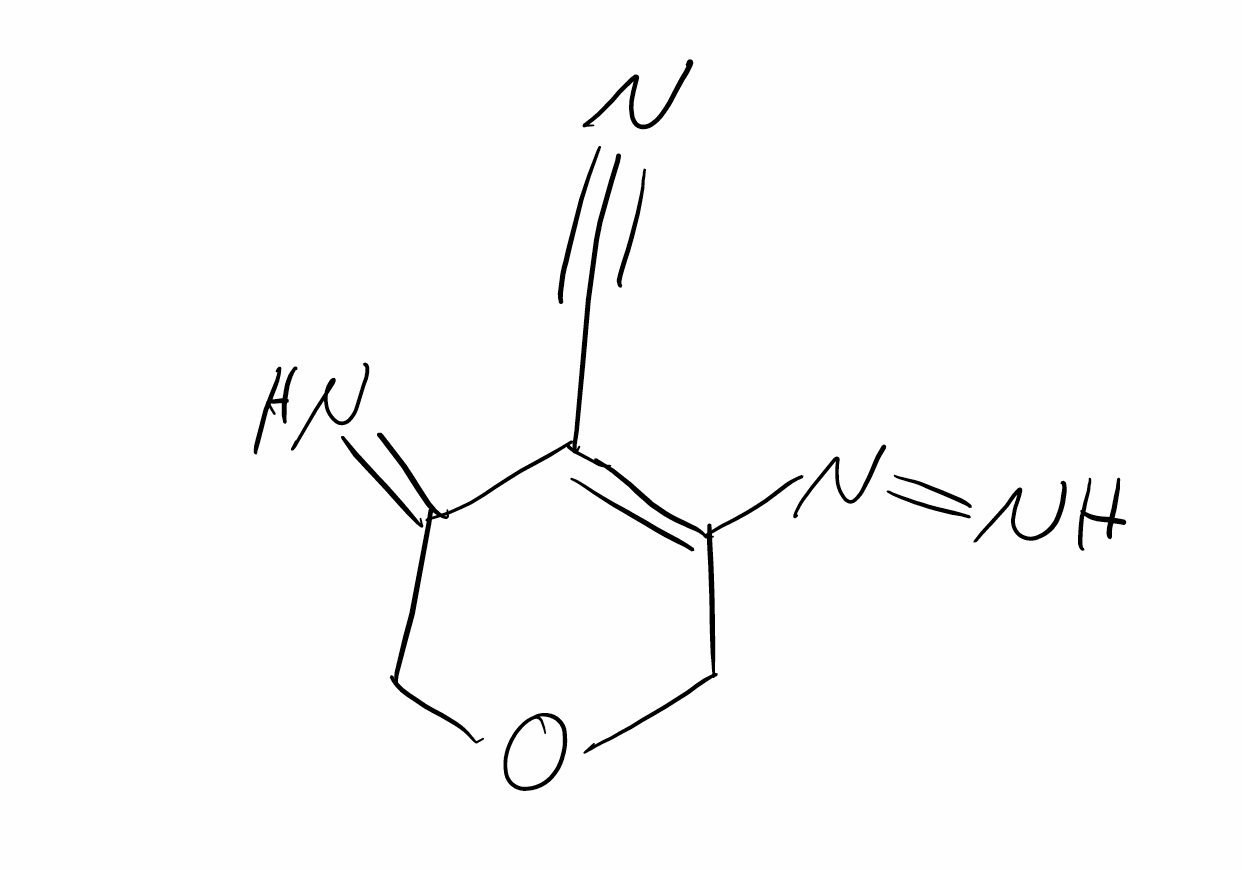
Simplified molecular-input line-entry system (SMILES) notation of the given molecule:
C1C(=C(C(=N)CO1)C#N)N=N